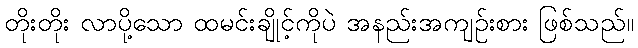
တိုးတိုး လာပို့သော ထမင်းချိုင့်ကိုပဲ အနည်းအကျဉ်းစား ဖြစ်သည်။